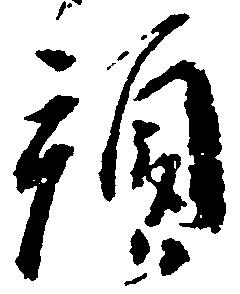
預